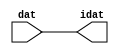

//------> /package/eda/mg/Catapult_10.3d/Mgc_home/pkgs/siflibs/ccs_in_v1.v 
//------------------------------------------------------------------------------
// Catapult Synthesis - Sample I/O Port Library
//
// Copyright (c) 2003-2017 Mentor Graphics Corp.
//       All Rights Reserved
//
// This document may be used and distributed without restriction provided that
// this copyright statement is not removed from the file and that any derivative
// work contains this copyright notice.
//
// The design information contained in this file is intended to be an example
// of the functionality which the end user may study in preparation for creating
// their own custom interfaces. This design does not necessarily present a 
// complete implementation of the named protocol or standard.
//
//------------------------------------------------------------------------------


module ccs_in_v1 (idat, dat);

  parameter integer rscid = 1;
  parameter integer width = 8;

  output [width-1:0] idat;
  input  [width-1:0] dat;

  wire   [width-1:0] idat;

  assign idat = dat;

endmodule


//------> /package/eda/mg/Catapult_10.3d/Mgc_home/pkgs/siflibs/ccs_out_v1.v 
//------------------------------------------------------------------------------
// Catapult Synthesis - Sample I/O Port Library
//
// Copyright (c) 2003-2015 Mentor Graphics Corp.
//       All Rights Reserved
//
// This document may be used and distributed without restriction provided that
// this copyright statement is not removed from the file and that any derivative
// work contains this copyright notice.
//
// The design information contained in this file is intended to be an example
// of the functionality which the end user may study in preparation for creating
// their own custom interfaces. This design does not necessarily present a 
// complete implementation of the named protocol or standard.
//
//------------------------------------------------------------------------------

module ccs_out_v1 (dat, idat);

  parameter integer rscid = 1;
  parameter integer width = 8;

  output   [width-1:0] dat;
  input    [width-1:0] idat;

  wire     [width-1:0] dat;

  assign dat = idat;

endmodule




//------> /package/eda/mg/Catapult_10.3d/Mgc_home/pkgs/siflibs/mgc_io_sync_v2.v 
//------------------------------------------------------------------------------
// Catapult Synthesis - Sample I/O Port Library
//
// Copyright (c) 2003-2017 Mentor Graphics Corp.
//       All Rights Reserved
//
// This document may be used and distributed without restriction provided that
// this copyright statement is not removed from the file and that any derivative
// work contains this copyright notice.
//
// The design information contained in this file is intended to be an example
// of the functionality which the end user may study in preparation for creating
// their own custom interfaces. This design does not necessarily present a 
// complete implementation of the named protocol or standard.
//
//------------------------------------------------------------------------------


module mgc_io_sync_v2 (ld, lz);
    parameter valid = 0;

    input  ld;
    output lz;

    wire   lz;

    assign lz = ld;

endmodule


//------> ./rtl.v 
// ----------------------------------------------------------------------
//  HLS HDL:        Verilog Netlister
//  HLS Version:    10.3d/815731 Production Release
//  HLS Date:       Wed Apr 24 14:54:19 PDT 2019
// 
//  Generated by:   695r48@cparch23.ecn.purdue.edu
//  Generated date: Tue Nov  9 15:14:01 2021
// ----------------------------------------------------------------------

// 
// ------------------------------------------------------------------
//  Design Unit:    fir_Altera_DIST_DIST_1R1W_RBW_rport_1_16_5_32_32_16_gen
// ------------------------------------------------------------------


module fir_Altera_DIST_DIST_1R1W_RBW_rport_1_16_5_32_32_16_gen (
  q, radr, radr_d, q_d, rport_r_ram_ir_internal_RMASK_B_d
);
  input [15:0] q;
  output [4:0] radr;
  input [4:0] radr_d;
  output [15:0] q_d;
  input rport_r_ram_ir_internal_RMASK_B_d;



  // Interconnect Declarations for Component Instantiations 
  assign q_d = q;
  assign radr = (radr_d);
endmodule

// ------------------------------------------------------------------
//  Design Unit:    fir_core_core_fsm
//  FSM Module
// ------------------------------------------------------------------


module fir_core_core_fsm (
  clk, rst, fsm_output, MAC_C_6_tr0
);
  input clk;
  input rst;
  output [12:0] fsm_output;
  reg [12:0] fsm_output;
  input MAC_C_6_tr0;


  // FSM State Type Declaration for fir_core_core_fsm_1
  parameter
    main_C_0 = 4'd0,
    MAC_C_0 = 4'd1,
    MAC_C_1 = 4'd2,
    MAC_C_2 = 4'd3,
    MAC_C_3 = 4'd4,
    MAC_C_4 = 4'd5,
    MAC_C_5 = 4'd6,
    MAC_C_6 = 4'd7,
    MAC_C_7 = 4'd8,
    MAC_C_8 = 4'd9,
    MAC_C_9 = 4'd10,
    MAC_C_10 = 4'd11,
    main_C_1 = 4'd12;

  reg [3:0] state_var;
  reg [3:0] state_var_NS;


  // Interconnect Declarations for Component Instantiations 
  always @(*)
  begin : fir_core_core_fsm_1
    case (state_var)
      MAC_C_0 : begin
        fsm_output = 13'b0000000000010;
        state_var_NS = MAC_C_1;
      end
      MAC_C_1 : begin
        fsm_output = 13'b0000000000100;
        state_var_NS = MAC_C_2;
      end
      MAC_C_2 : begin
        fsm_output = 13'b0000000001000;
        state_var_NS = MAC_C_3;
      end
      MAC_C_3 : begin
        fsm_output = 13'b0000000010000;
        state_var_NS = MAC_C_4;
      end
      MAC_C_4 : begin
        fsm_output = 13'b0000000100000;
        state_var_NS = MAC_C_5;
      end
      MAC_C_5 : begin
        fsm_output = 13'b0000001000000;
        state_var_NS = MAC_C_6;
      end
      MAC_C_6 : begin
        fsm_output = 13'b0000010000000;
        if ( MAC_C_6_tr0 ) begin
          state_var_NS = main_C_1;
        end
        else begin
          state_var_NS = MAC_C_7;
        end
      end
      MAC_C_7 : begin
        fsm_output = 13'b0000100000000;
        state_var_NS = MAC_C_8;
      end
      MAC_C_8 : begin
        fsm_output = 13'b0001000000000;
        state_var_NS = MAC_C_9;
      end
      MAC_C_9 : begin
        fsm_output = 13'b0010000000000;
        state_var_NS = MAC_C_10;
      end
      MAC_C_10 : begin
        fsm_output = 13'b0100000000000;
        state_var_NS = MAC_C_0;
      end
      main_C_1 : begin
        fsm_output = 13'b1000000000000;
        state_var_NS = main_C_0;
      end
      // main_C_0
      default : begin
        fsm_output = 13'b0000000000001;
        state_var_NS = MAC_C_0;
      end
    endcase
  end

  always @(posedge clk) begin
    if ( rst ) begin
      state_var <= main_C_0;
    end
    else begin
      state_var <= state_var_NS;
    end
  end

endmodule

// ------------------------------------------------------------------
//  Design Unit:    fir_core
// ------------------------------------------------------------------


module fir_core (
  clk, rst, coeffs_rsc_triosy_lz, in1_rsc_dat, in1_rsc_triosy_lz, out1_rsc_dat, out1_rsc_triosy_lz,
      coeffs_rsci_radr_d, coeffs_rsci_q_d, coeffs_rsci_rport_r_ram_ir_internal_RMASK_B_d
);
  input clk;
  input rst;
  output coeffs_rsc_triosy_lz;
  input [15:0] in1_rsc_dat;
  output in1_rsc_triosy_lz;
  output [15:0] out1_rsc_dat;
  output out1_rsc_triosy_lz;
  output [4:0] coeffs_rsci_radr_d;
  input [15:0] coeffs_rsci_q_d;
  output coeffs_rsci_rport_r_ram_ir_internal_RMASK_B_d;


  // Interconnect Declarations
  wire [15:0] in1_rsci_idat;
  reg [15:0] out1_rsci_idat;
  wire [12:0] fsm_output;
  wire and_dcpl_13;
  wire and_dcpl_15;
  wire or_dcpl_9;
  wire or_dcpl_10;
  wire or_tmp_110;
  wire or_tmp_169;
  wire or_tmp_171;
  reg [5:0] MAC_i_5_0_6_sva;
  wire [6:0] nl_MAC_i_5_0_6_sva;
  reg reg_out1_rsc_triosy_obj_ld_cse;
  wire MAC_or_cse;
  wire reg_out1_out1_and_cse;
  reg [1:0] MAC_i_4_3_sva;
  reg [4:0] MAC_3_acc_2_psp_sva;
  reg [4:0] MAC_2_acc_2_psp_sva;
  reg [4:0] MAC_4_acc_2_psp_sva;
  reg [4:0] MAC_7_acc_2_psp_sva;
  reg [4:0] MAC_8_acc_2_psp_sva;
  reg [2:0] MAC_acc_psp_sva;
  wire [29:0] z_out;
  wire signed [31:0] nl_z_out;
  wire [29:0] z_out_1;
  wire signed [31:0] nl_z_out_1;
  wire [15:0] z_out_2;
  wire [15:0] z_out_3;
  wire [15:0] z_out_4;
  reg [15:0] regs_15_sva;
  reg [15:0] regs_16_sva;
  reg [15:0] regs_14_sva;
  reg [15:0] regs_17_sva;
  reg [15:0] regs_13_sva;
  reg [15:0] regs_18_sva;
  reg [15:0] regs_12_sva;
  reg [15:0] regs_19_sva;
  reg [15:0] regs_11_sva;
  reg [15:0] regs_20_sva;
  reg [15:0] regs_10_sva;
  reg [15:0] regs_21_sva;
  reg [15:0] regs_9_sva;
  reg [15:0] regs_22_sva;
  reg [15:0] regs_8_sva;
  reg [15:0] regs_23_sva;
  reg [15:0] regs_7_sva;
  reg [15:0] regs_24_sva;
  reg [15:0] regs_6_sva;
  reg [15:0] regs_25_sva;
  reg [15:0] regs_5_sva;
  reg [15:0] regs_26_sva;
  reg [15:0] regs_4_sva;
  reg [15:0] regs_27_sva;
  reg [15:0] regs_3_sva;
  reg [15:0] regs_28_sva;
  reg [15:0] regs_2_sva;
  reg [15:0] regs_29_sva;
  reg [15:0] regs_1_sva;
  reg [15:0] regs_30_sva;
  reg [15:0] regs_0_sva;
  reg [29:0] acc_32_3_1_sva;
  reg [15:0] regs_30_sva_1;
  reg [15:0] regs_29_sva_1;
  reg [15:0] regs_28_sva_1;
  reg [15:0] regs_27_sva_1;
  reg [15:0] regs_26_sva_1;
  reg [15:0] regs_25_sva_1;
  reg [15:0] regs_24_sva_1;
  reg [15:0] regs_23_sva_1;
  reg [15:0] regs_22_sva_1;
  reg [15:0] regs_21_sva_1;
  reg [15:0] regs_20_sva_1;
  reg [15:0] regs_19_sva_1;
  reg [15:0] regs_18_sva_1;
  reg [15:0] regs_17_sva_1;
  reg [15:0] regs_16_sva_1;
  reg [15:0] regs_15_sva_1;
  reg [15:0] regs_14_sva_1;
  reg [15:0] regs_13_sva_1;
  reg [15:0] regs_12_sva_1;
  reg [15:0] regs_11_sva_1;
  reg [15:0] regs_10_sva_1;
  reg [15:0] regs_9_sva_1;
  reg [15:0] regs_8_sva_1;
  reg [15:0] regs_7_sva_1;
  reg [15:0] regs_6_sva_1;
  reg [15:0] regs_5_sva_1;
  reg [15:0] regs_4_sva_1;
  reg [15:0] regs_3_sva_1;
  reg [15:0] regs_2_sva_1;
  reg [15:0] regs_1_sva_1;
  reg [15:0] regs_0_sva_1;
  reg [15:0] MAC_mux_itm;
  reg [29:0] MAC_2_mul_itm;
  reg [15:0] MAC_mux_1_itm;
  reg [15:0] MAC_mux_2_itm;
  reg [15:0] MAC_1_MAC_mux_itm;
  reg [29:0] MAC_1_mul_itm;
  reg [29:0] MAC_acc_6_itm;
  reg [15:0] MAC_mux_3_itm;
  reg [15:0] MAC_9_MAC_mux_itm;
  reg [15:0] MAC_mux_4_itm;
  reg [15:0] MAC_mux_5_itm;
  wire [29:0] acc_32_3_6_sva_1;
  wire [30:0] nl_acc_32_3_6_sva_1;
  wire [4:0] MAC_4_acc_2_psp_sva_mx0w0;
  wire [5:0] nl_MAC_4_acc_2_psp_sva_mx0w0;
  wire [2:0] MAC_acc_psp_sva_mx0w0;
  wire [3:0] nl_MAC_acc_psp_sva_mx0w0;
  wire [4:0] MAC_2_acc_2_psp_sva_mx0w0;
  wire [5:0] nl_MAC_2_acc_2_psp_sva_mx0w0;
  wire [4:0] MAC_3_acc_2_psp_sva_mx0w0;
  wire [5:0] nl_MAC_3_acc_2_psp_sva_mx0w0;
  wire [4:0] MAC_6_acc_2_psp_sva_mx0w1;
  wire [5:0] nl_MAC_6_acc_2_psp_sva_mx0w1;
  wire [4:0] MAC_8_acc_2_psp_sva_1;
  wire [5:0] nl_MAC_8_acc_2_psp_sva_1;
  wire [4:0] MAC_7_acc_2_psp_sva_1;
  wire [5:0] nl_MAC_7_acc_2_psp_sva_1;
  wire [29:0] MAC_acc_5_itm_mx0w1;
  wire [30:0] nl_MAC_acc_5_itm_mx0w1;
  wire MAC_i_or_2_seb;
  wire or_212_ssc;
  reg MAC_acc_3_itm_1;
  reg MAC_acc_3_itm_0;
  wire [4:0] MAC_MAC_mux_1_cse;

  wire[29:0] acc_mux1h_1_nl;
  wire[29:0] MAC_4_mul_nl;
  wire signed [31:0] nl_MAC_4_mul_nl;
  wire[29:0] MAC_9_acc_1_nl;
  wire[30:0] nl_MAC_9_acc_1_nl;
  wire[29:0] MAC_acc_10_nl;
  wire[30:0] nl_MAC_acc_10_nl;
  wire[0:0] acc_not_nl;
  wire[15:0] MAC_5_MAC_mux_nl;
  wire[29:0] MAC_acc_6_nl;
  wire[30:0] nl_MAC_acc_6_nl;
  wire[0:0] MAC_or_8_nl;
  wire[29:0] MAC_acc_7_nl;
  wire[30:0] nl_MAC_acc_7_nl;
  wire[29:0] MAC_acc_4_nl;
  wire[30:0] nl_MAC_acc_4_nl;
  wire[1:0] coeffs_mux1h_1_nl;
  wire[0:0] coeffs_or_nl;
  wire[0:0] coeffs_or_1_nl;
  wire[0:0] coeffs_mux1h_2_nl;
  wire[1:0] coeffs_mux1h_3_nl;
  wire[15:0] MAC_mux1h_38_nl;
  wire[15:0] MAC_mux1h_39_nl;
  wire[4:0] MAC_mux_21_nl;
  wire[1:0] MAC_mux_23_nl;
  wire[1:0] MAC_mux_24_nl;

  // Interconnect Declarations for Component Instantiations 
  wire [0:0] nl_fir_core_core_fsm_inst_MAC_C_6_tr0;
  assign nl_fir_core_core_fsm_inst_MAC_C_6_tr0 = MAC_i_5_0_6_sva[5];
  ccs_in_v1 #(.rscid(32'sd2),
  .width(32'sd16)) in1_rsci (
      .dat(in1_rsc_dat),
      .idat(in1_rsci_idat)
    );
  ccs_out_v1 #(.rscid(32'sd3),
  .width(32'sd16)) out1_rsci (
      .idat(out1_rsci_idat),
      .dat(out1_rsc_dat)
    );
  mgc_io_sync_v2 #(.valid(32'sd0)) coeffs_rsc_triosy_obj (
      .ld(reg_out1_rsc_triosy_obj_ld_cse),
      .lz(coeffs_rsc_triosy_lz)
    );
  mgc_io_sync_v2 #(.valid(32'sd0)) in1_rsc_triosy_obj (
      .ld(reg_out1_rsc_triosy_obj_ld_cse),
      .lz(in1_rsc_triosy_lz)
    );
  mgc_io_sync_v2 #(.valid(32'sd0)) out1_rsc_triosy_obj (
      .ld(reg_out1_rsc_triosy_obj_ld_cse),
      .lz(out1_rsc_triosy_lz)
    );
  fir_core_core_fsm fir_core_core_fsm_inst (
      .clk(clk),
      .rst(rst),
      .fsm_output(fsm_output),
      .MAC_C_6_tr0(nl_fir_core_core_fsm_inst_MAC_C_6_tr0[0:0])
    );
  assign reg_out1_out1_and_cse = (MAC_i_5_0_6_sva[5]) & (fsm_output[7]);
  assign MAC_i_or_2_seb = (fsm_output[12]) | (fsm_output[0]) | (fsm_output[1]);
  assign or_212_ssc = (fsm_output[0]) | (fsm_output[12]) | (fsm_output[2]) | (fsm_output[1]);
  assign MAC_or_cse = (fsm_output[2:1]!=2'b00);
  assign MAC_MAC_mux_1_cse = MUX_v_5_2_2(MAC_3_acc_2_psp_sva_mx0w0, MAC_6_acc_2_psp_sva_mx0w1,
      fsm_output[2]);
  assign nl_MAC_acc_4_nl = acc_32_3_1_sva + MAC_1_mul_itm;
  assign MAC_acc_4_nl = nl_MAC_acc_4_nl[29:0];
  assign nl_MAC_acc_7_nl = MAC_2_mul_itm + (MAC_acc_4_nl);
  assign MAC_acc_7_nl = nl_MAC_acc_7_nl[29:0];
  assign nl_acc_32_3_6_sva_1 = (MAC_acc_7_nl) + MAC_acc_6_itm;
  assign acc_32_3_6_sva_1 = nl_acc_32_3_6_sva_1[29:0];
  assign nl_MAC_4_acc_2_psp_sva_mx0w0 = MAC_3_acc_2_psp_sva_mx0w0 + 5'b00001;
  assign MAC_4_acc_2_psp_sva_mx0w0 = nl_MAC_4_acc_2_psp_sva_mx0w0[4:0];
  assign nl_MAC_acc_psp_sva_mx0w0 = conv_u2u_2_3({MAC_acc_3_itm_1 , MAC_acc_3_itm_0})
      + 3'b001;
  assign MAC_acc_psp_sva_mx0w0 = nl_MAC_acc_psp_sva_mx0w0[2:0];
  assign nl_MAC_2_acc_2_psp_sva_mx0w0 = ({MAC_i_4_3_sva , MAC_acc_psp_sva_mx0w0})
      + 5'b00001;
  assign MAC_2_acc_2_psp_sva_mx0w0 = nl_MAC_2_acc_2_psp_sva_mx0w0[4:0];
  assign nl_MAC_3_acc_2_psp_sva_mx0w0 = MAC_2_acc_2_psp_sva_mx0w0 + 5'b00001;
  assign MAC_3_acc_2_psp_sva_mx0w0 = nl_MAC_3_acc_2_psp_sva_mx0w0[4:0];
  assign nl_MAC_6_acc_2_psp_sva_mx0w1 = (MAC_i_5_0_6_sva[4:0]) + 5'b00001;
  assign MAC_6_acc_2_psp_sva_mx0w1 = nl_MAC_6_acc_2_psp_sva_mx0w1[4:0];
  assign nl_MAC_8_acc_2_psp_sva_1 = MAC_7_acc_2_psp_sva_1 + 5'b00001;
  assign MAC_8_acc_2_psp_sva_1 = nl_MAC_8_acc_2_psp_sva_1[4:0];
  assign nl_MAC_7_acc_2_psp_sva_1 = MAC_6_acc_2_psp_sva_mx0w1 + 5'b00001;
  assign MAC_7_acc_2_psp_sva_1 = nl_MAC_7_acc_2_psp_sva_1[4:0];
  assign nl_MAC_acc_5_itm_mx0w1 = MAC_2_mul_itm + MAC_1_mul_itm;
  assign MAC_acc_5_itm_mx0w1 = nl_MAC_acc_5_itm_mx0w1[29:0];
  assign and_dcpl_13 = ~((fsm_output[12]) | (fsm_output[0]));
  assign and_dcpl_15 = ~((fsm_output[10]) | (fsm_output[12]) | (fsm_output[0]));
  assign or_dcpl_9 = (fsm_output[4]) | (fsm_output[6]);
  assign or_dcpl_10 = or_dcpl_9 | (fsm_output[3]);
  assign or_tmp_110 = (fsm_output[6]) | (fsm_output[2]);
  assign or_tmp_169 = or_dcpl_10 | (fsm_output[5]) | (fsm_output[8]) | (fsm_output[7]);
  assign or_tmp_171 = or_dcpl_10 | (fsm_output[5]) | (fsm_output[7]);
  assign coeffs_or_nl = (fsm_output[1]) | (fsm_output[4]);
  assign coeffs_mux1h_1_nl = MUX1HOT_v_2_7_2(MAC_i_4_3_sva, (MAC_3_acc_2_psp_sva[4:3]),
      (MAC_2_acc_2_psp_sva[4:3]), (MAC_4_acc_2_psp_sva[4:3]), (MAC_i_5_0_6_sva[4:3]),
      (MAC_7_acc_2_psp_sva[4:3]), (MAC_8_acc_2_psp_sva[4:3]), {(coeffs_or_nl) , or_tmp_110
      , (fsm_output[3]) , (fsm_output[5]) , (fsm_output[7]) , (fsm_output[8]) , (fsm_output[9])});
  assign coeffs_mux1h_2_nl = MUX1HOT_s_1_5_2((MAC_3_acc_2_psp_sva[2]), (MAC_2_acc_2_psp_sva[2]),
      (MAC_acc_psp_sva[2]), (MAC_i_5_0_6_sva[2]), (MAC_7_acc_2_psp_sva[2]), {or_tmp_110
      , (fsm_output[3]) , (fsm_output[4]) , (fsm_output[7]) , (fsm_output[8])});
  assign coeffs_or_1_nl = ((coeffs_mux1h_2_nl) & (~((fsm_output[1]) | (fsm_output[9]))))
      | (fsm_output[5]);
  assign coeffs_mux1h_3_nl = MUX1HOT_v_2_8_2(({MAC_acc_3_itm_1 , MAC_acc_3_itm_0}),
      (MAC_3_acc_2_psp_sva[1:0]), (MAC_2_acc_2_psp_sva[1:0]), (MAC_acc_psp_sva[1:0]),
      (MAC_4_acc_2_psp_sva[1:0]), (MAC_i_5_0_6_sva[1:0]), (MAC_7_acc_2_psp_sva[1:0]),
      (MAC_8_acc_2_psp_sva[1:0]), {(fsm_output[1]) , or_tmp_110 , (fsm_output[3])
      , (fsm_output[4]) , (fsm_output[5]) , (fsm_output[7]) , (fsm_output[8]) , (fsm_output[9])});
  assign coeffs_rsci_radr_d = {(coeffs_mux1h_1_nl) , (coeffs_or_1_nl) , (coeffs_mux1h_3_nl)};
  assign coeffs_rsci_rport_r_ram_ir_internal_RMASK_B_d = ((~ (MAC_i_5_0_6_sva[5]))
      & (fsm_output[7])) | (and_dcpl_15 & (~((fsm_output[11]) | (fsm_output[7]))));
  always @(posedge clk) begin
    if ( rst ) begin
      out1_rsci_idat <= 16'b0000000000000000;
      regs_3_sva <= 16'b0000000000000000;
      regs_4_sva <= 16'b0000000000000000;
      regs_5_sva <= 16'b0000000000000000;
      regs_6_sva <= 16'b0000000000000000;
      regs_11_sva <= 16'b0000000000000000;
      regs_12_sva <= 16'b0000000000000000;
      regs_13_sva <= 16'b0000000000000000;
      regs_14_sva <= 16'b0000000000000000;
      regs_19_sva <= 16'b0000000000000000;
      regs_20_sva <= 16'b0000000000000000;
      regs_21_sva <= 16'b0000000000000000;
      regs_22_sva <= 16'b0000000000000000;
      regs_27_sva <= 16'b0000000000000000;
      regs_28_sva <= 16'b0000000000000000;
      regs_29_sva <= 16'b0000000000000000;
      regs_30_sva <= 16'b0000000000000000;
      regs_0_sva <= 16'b0000000000000000;
      regs_1_sva <= 16'b0000000000000000;
      regs_2_sva <= 16'b0000000000000000;
      regs_7_sva <= 16'b0000000000000000;
      regs_8_sva <= 16'b0000000000000000;
      regs_9_sva <= 16'b0000000000000000;
      regs_10_sva <= 16'b0000000000000000;
      regs_15_sva <= 16'b0000000000000000;
      regs_16_sva <= 16'b0000000000000000;
      regs_17_sva <= 16'b0000000000000000;
      regs_18_sva <= 16'b0000000000000000;
      regs_23_sva <= 16'b0000000000000000;
      regs_24_sva <= 16'b0000000000000000;
      regs_25_sva <= 16'b0000000000000000;
      regs_26_sva <= 16'b0000000000000000;
    end
    else if ( reg_out1_out1_and_cse ) begin
      out1_rsci_idat <= acc_32_3_6_sva_1[29:14];
      regs_3_sva <= regs_3_sva_1;
      regs_4_sva <= regs_4_sva_1;
      regs_5_sva <= regs_5_sva_1;
      regs_6_sva <= regs_6_sva_1;
      regs_11_sva <= regs_11_sva_1;
      regs_12_sva <= regs_12_sva_1;
      regs_13_sva <= regs_13_sva_1;
      regs_14_sva <= regs_14_sva_1;
      regs_19_sva <= regs_19_sva_1;
      regs_20_sva <= regs_20_sva_1;
      regs_21_sva <= regs_21_sva_1;
      regs_22_sva <= regs_22_sva_1;
      regs_27_sva <= regs_27_sva_1;
      regs_28_sva <= regs_28_sva_1;
      regs_29_sva <= regs_29_sva_1;
      regs_30_sva <= regs_30_sva_1;
      regs_0_sva <= regs_0_sva_1;
      regs_1_sva <= regs_1_sva_1;
      regs_2_sva <= regs_2_sva_1;
      regs_7_sva <= regs_7_sva_1;
      regs_8_sva <= regs_8_sva_1;
      regs_9_sva <= regs_9_sva_1;
      regs_10_sva <= regs_10_sva_1;
      regs_15_sva <= regs_15_sva_1;
      regs_16_sva <= regs_16_sva_1;
      regs_17_sva <= regs_17_sva_1;
      regs_18_sva <= regs_18_sva_1;
      regs_23_sva <= regs_23_sva_1;
      regs_24_sva <= regs_24_sva_1;
      regs_25_sva <= regs_25_sva_1;
      regs_26_sva <= regs_26_sva_1;
    end
  end
  always @(posedge clk) begin
    if ( rst ) begin
      MAC_i_4_3_sva <= 2'b00;
    end
    else if ( (fsm_output[0]) | (fsm_output[7]) ) begin
      MAC_i_4_3_sva <= MUX_v_2_2_2(2'b00, (MAC_8_acc_2_psp_sva[4:3]), (fsm_output[7]));
    end
  end
  always @(posedge clk) begin
    if ( rst ) begin
      acc_32_3_1_sva <= 30'b000000000000000000000000000000;
    end
    else if ( (fsm_output[0]) | (fsm_output[3]) | (fsm_output[7]) | (fsm_output[11])
        ) begin
      acc_32_3_1_sva <= MUX_v_30_2_2(30'b000000000000000000000000000000, (acc_mux1h_1_nl),
          (acc_not_nl));
    end
  end
  always @(posedge clk) begin
    if ( rst ) begin
      regs_0_sva_1 <= 16'b0000000000000000;
    end
    else if ( ~ and_dcpl_13 ) begin
      regs_0_sva_1 <= in1_rsci_idat;
    end
  end
  always @(posedge clk) begin
    if ( rst ) begin
      reg_out1_rsc_triosy_obj_ld_cse <= 1'b0;
    end
    else begin
      reg_out1_rsc_triosy_obj_ld_cse <= reg_out1_out1_and_cse;
    end
  end
  always @(posedge clk) begin
    if ( rst ) begin
      regs_30_sva_1 <= 16'b0000000000000000;
    end
    else if ( ~ and_dcpl_13 ) begin
      regs_30_sva_1 <= regs_29_sva;
    end
  end
  always @(posedge clk) begin
    if ( rst ) begin
      regs_29_sva_1 <= 16'b0000000000000000;
    end
    else if ( ~ and_dcpl_13 ) begin
      regs_29_sva_1 <= regs_28_sva;
    end
  end
  always @(posedge clk) begin
    if ( rst ) begin
      regs_28_sva_1 <= 16'b0000000000000000;
    end
    else if ( ~ and_dcpl_13 ) begin
      regs_28_sva_1 <= regs_27_sva;
    end
  end
  always @(posedge clk) begin
    if ( rst ) begin
      regs_27_sva_1 <= 16'b0000000000000000;
    end
    else if ( ~ and_dcpl_13 ) begin
      regs_27_sva_1 <= regs_26_sva;
    end
  end
  always @(posedge clk) begin
    if ( rst ) begin
      regs_26_sva_1 <= 16'b0000000000000000;
    end
    else if ( ~ and_dcpl_13 ) begin
      regs_26_sva_1 <= regs_25_sva;
    end
  end
  always @(posedge clk) begin
    if ( rst ) begin
      regs_25_sva_1 <= 16'b0000000000000000;
    end
    else if ( ~ and_dcpl_13 ) begin
      regs_25_sva_1 <= regs_24_sva;
    end
  end
  always @(posedge clk) begin
    if ( rst ) begin
      regs_24_sva_1 <= 16'b0000000000000000;
    end
    else if ( ~ and_dcpl_13 ) begin
      regs_24_sva_1 <= regs_23_sva;
    end
  end
  always @(posedge clk) begin
    if ( rst ) begin
      regs_23_sva_1 <= 16'b0000000000000000;
    end
    else if ( ~ and_dcpl_13 ) begin
      regs_23_sva_1 <= regs_22_sva;
    end
  end
  always @(posedge clk) begin
    if ( rst ) begin
      regs_22_sva_1 <= 16'b0000000000000000;
    end
    else if ( ~ and_dcpl_13 ) begin
      regs_22_sva_1 <= regs_21_sva;
    end
  end
  always @(posedge clk) begin
    if ( rst ) begin
      regs_21_sva_1 <= 16'b0000000000000000;
    end
    else if ( ~ and_dcpl_13 ) begin
      regs_21_sva_1 <= regs_20_sva;
    end
  end
  always @(posedge clk) begin
    if ( rst ) begin
      regs_20_sva_1 <= 16'b0000000000000000;
    end
    else if ( ~ and_dcpl_13 ) begin
      regs_20_sva_1 <= regs_19_sva;
    end
  end
  always @(posedge clk) begin
    if ( rst ) begin
      regs_19_sva_1 <= 16'b0000000000000000;
    end
    else if ( ~ and_dcpl_13 ) begin
      regs_19_sva_1 <= regs_18_sva;
    end
  end
  always @(posedge clk) begin
    if ( rst ) begin
      regs_18_sva_1 <= 16'b0000000000000000;
    end
    else if ( ~ and_dcpl_13 ) begin
      regs_18_sva_1 <= regs_17_sva;
    end
  end
  always @(posedge clk) begin
    if ( rst ) begin
      regs_17_sva_1 <= 16'b0000000000000000;
    end
    else if ( ~ and_dcpl_13 ) begin
      regs_17_sva_1 <= regs_16_sva;
    end
  end
  always @(posedge clk) begin
    if ( rst ) begin
      regs_16_sva_1 <= 16'b0000000000000000;
    end
    else if ( ~ and_dcpl_13 ) begin
      regs_16_sva_1 <= regs_15_sva;
    end
  end
  always @(posedge clk) begin
    if ( rst ) begin
      regs_15_sva_1 <= 16'b0000000000000000;
    end
    else if ( ~ and_dcpl_13 ) begin
      regs_15_sva_1 <= regs_14_sva;
    end
  end
  always @(posedge clk) begin
    if ( rst ) begin
      regs_14_sva_1 <= 16'b0000000000000000;
    end
    else if ( ~ and_dcpl_13 ) begin
      regs_14_sva_1 <= regs_13_sva;
    end
  end
  always @(posedge clk) begin
    if ( rst ) begin
      regs_13_sva_1 <= 16'b0000000000000000;
    end
    else if ( ~ and_dcpl_13 ) begin
      regs_13_sva_1 <= regs_12_sva;
    end
  end
  always @(posedge clk) begin
    if ( rst ) begin
      regs_12_sva_1 <= 16'b0000000000000000;
    end
    else if ( ~ and_dcpl_13 ) begin
      regs_12_sva_1 <= regs_11_sva;
    end
  end
  always @(posedge clk) begin
    if ( rst ) begin
      regs_11_sva_1 <= 16'b0000000000000000;
    end
    else if ( ~ and_dcpl_13 ) begin
      regs_11_sva_1 <= regs_10_sva;
    end
  end
  always @(posedge clk) begin
    if ( rst ) begin
      regs_10_sva_1 <= 16'b0000000000000000;
    end
    else if ( ~ and_dcpl_13 ) begin
      regs_10_sva_1 <= regs_9_sva;
    end
  end
  always @(posedge clk) begin
    if ( rst ) begin
      regs_9_sva_1 <= 16'b0000000000000000;
    end
    else if ( ~ and_dcpl_13 ) begin
      regs_9_sva_1 <= regs_8_sva;
    end
  end
  always @(posedge clk) begin
    if ( rst ) begin
      regs_8_sva_1 <= 16'b0000000000000000;
    end
    else if ( ~ and_dcpl_13 ) begin
      regs_8_sva_1 <= regs_7_sva;
    end
  end
  always @(posedge clk) begin
    if ( rst ) begin
      regs_7_sva_1 <= 16'b0000000000000000;
    end
    else if ( ~ and_dcpl_13 ) begin
      regs_7_sva_1 <= regs_6_sva;
    end
  end
  always @(posedge clk) begin
    if ( rst ) begin
      regs_6_sva_1 <= 16'b0000000000000000;
    end
    else if ( ~ and_dcpl_13 ) begin
      regs_6_sva_1 <= regs_5_sva;
    end
  end
  always @(posedge clk) begin
    if ( rst ) begin
      regs_5_sva_1 <= 16'b0000000000000000;
    end
    else if ( ~ and_dcpl_13 ) begin
      regs_5_sva_1 <= regs_4_sva;
    end
  end
  always @(posedge clk) begin
    if ( rst ) begin
      regs_4_sva_1 <= 16'b0000000000000000;
    end
    else if ( ~ and_dcpl_13 ) begin
      regs_4_sva_1 <= regs_3_sva;
    end
  end
  always @(posedge clk) begin
    if ( rst ) begin
      regs_3_sva_1 <= 16'b0000000000000000;
    end
    else if ( ~ and_dcpl_13 ) begin
      regs_3_sva_1 <= regs_2_sva;
    end
  end
  always @(posedge clk) begin
    if ( rst ) begin
      regs_2_sva_1 <= 16'b0000000000000000;
    end
    else if ( ~ and_dcpl_13 ) begin
      regs_2_sva_1 <= regs_1_sva;
    end
  end
  always @(posedge clk) begin
    if ( rst ) begin
      regs_1_sva_1 <= 16'b0000000000000000;
    end
    else if ( ~ and_dcpl_13 ) begin
      regs_1_sva_1 <= regs_0_sva;
    end
  end
  always @(posedge clk) begin
    if ( rst ) begin
      MAC_acc_3_itm_1 <= 1'b0;
      MAC_acc_3_itm_0 <= 1'b0;
    end
    else if ( or_212_ssc ) begin
      MAC_acc_3_itm_1 <= ~((~((MAC_8_acc_2_psp_sva_1[0]) ^ (MAC_8_acc_2_psp_sva_1[1])))
          | MAC_i_or_2_seb);
      MAC_acc_3_itm_0 <= ~((MAC_8_acc_2_psp_sva_1[0]) | MAC_i_or_2_seb);
    end
  end
  always @(posedge clk) begin
    if ( rst ) begin
      MAC_i_5_0_6_sva <= 6'b000000;
    end
    else if ( fsm_output[1] ) begin
      MAC_i_5_0_6_sva <= nl_MAC_i_5_0_6_sva[5:0];
    end
  end
  always @(posedge clk) begin
    if ( rst ) begin
      MAC_4_acc_2_psp_sva <= 5'b00000;
    end
    else if ( fsm_output[1] ) begin
      MAC_4_acc_2_psp_sva <= MAC_4_acc_2_psp_sva_mx0w0;
    end
  end
  always @(posedge clk) begin
    if ( rst ) begin
      MAC_mux_itm <= 16'b0000000000000000;
    end
    else if ( fsm_output[1] ) begin
      MAC_mux_itm <= MUX_v_16_29_2x0x5x6x7x8x13x14x15x16x21x22x23x24(regs_0_sva,
          regs_1_sva, regs_2_sva, regs_3_sva, regs_8_sva, regs_9_sva, regs_10_sva,
          regs_11_sva, regs_16_sva, regs_17_sva, regs_18_sva, regs_19_sva, regs_24_sva,
          regs_25_sva, regs_26_sva, regs_27_sva, {MAC_i_4_3_sva , MAC_acc_psp_sva_mx0w0});
    end
  end
  always @(posedge clk) begin
    if ( rst ) begin
      MAC_mux_1_itm <= 16'b0000000000000000;
    end
    else if ( fsm_output[1] ) begin
      MAC_mux_1_itm <= z_out_2;
    end
  end
  always @(posedge clk) begin
    if ( rst ) begin
      MAC_acc_psp_sva <= 3'b000;
    end
    else if ( fsm_output[1] ) begin
      MAC_acc_psp_sva <= MAC_acc_psp_sva_mx0w0;
    end
  end
  always @(posedge clk) begin
    if ( rst ) begin
      MAC_mux_2_itm <= 16'b0000000000000000;
    end
    else if ( fsm_output[1] ) begin
      MAC_mux_2_itm <= z_out_3;
    end
  end
  always @(posedge clk) begin
    if ( rst ) begin
      MAC_2_acc_2_psp_sva <= 5'b00000;
    end
    else if ( fsm_output[1] ) begin
      MAC_2_acc_2_psp_sva <= MAC_2_acc_2_psp_sva_mx0w0;
    end
  end
  always @(posedge clk) begin
    if ( rst ) begin
      MAC_1_MAC_mux_itm <= 16'b0000000000000000;
      MAC_3_acc_2_psp_sva <= 5'b00000;
    end
    else if ( MAC_or_cse ) begin
      MAC_1_MAC_mux_itm <= MUX_v_16_2_2(z_out_4, (MAC_5_MAC_mux_nl), fsm_output[2]);
      MAC_3_acc_2_psp_sva <= MAC_MAC_mux_1_cse;
    end
  end
  always @(posedge clk) begin
    if ( rst ) begin
      MAC_1_mul_itm <= 30'b000000000000000000000000000000;
    end
    else if ( (fsm_output[10]) | (fsm_output[4]) | (fsm_output[7]) | or_tmp_110 )
        begin
      MAC_1_mul_itm <= MUX_v_30_2_2(z_out, z_out_1, fsm_output[10]);
    end
  end
  always @(posedge clk) begin
    if ( rst ) begin
      MAC_9_MAC_mux_itm <= 16'b0000000000000000;
    end
    else if ( (~ and_dcpl_15) | (fsm_output[11]) | (fsm_output[1]) | (fsm_output[2])
        ) begin
      MAC_9_MAC_mux_itm <= z_out_4;
    end
  end
  always @(posedge clk) begin
    if ( rst ) begin
      MAC_8_acc_2_psp_sva <= 5'b00000;
    end
    else if ( ~ or_tmp_169 ) begin
      MAC_8_acc_2_psp_sva <= MAC_8_acc_2_psp_sva_1;
    end
  end
  always @(posedge clk) begin
    if ( rst ) begin
      MAC_mux_3_itm <= 16'b0000000000000000;
    end
    else if ( ~ or_tmp_169 ) begin
      MAC_mux_3_itm <= z_out_2;
    end
  end
  always @(posedge clk) begin
    if ( rst ) begin
      MAC_mux_4_itm <= 16'b0000000000000000;
    end
    else if ( ~ or_tmp_171 ) begin
      MAC_mux_4_itm <= MUX1HOT_v_16_3_2(regs_4_sva, regs_13_sva, regs_22_sva, {(~
          (MAC_i_5_0_6_sva[1])) , (MAC_i_5_0_6_sva[3]) , (MAC_i_5_0_6_sva[4])});
    end
  end
  always @(posedge clk) begin
    if ( rst ) begin
      MAC_7_acc_2_psp_sva <= 5'b00000;
    end
    else if ( ~ or_tmp_171 ) begin
      MAC_7_acc_2_psp_sva <= MAC_7_acc_2_psp_sva_1;
    end
  end
  always @(posedge clk) begin
    if ( rst ) begin
      MAC_mux_5_itm <= 16'b0000000000000000;
    end
    else if ( ~(or_dcpl_9 | (fsm_output[3]) | (fsm_output[5])) ) begin
      MAC_mux_5_itm <= z_out_3;
    end
  end
  always @(posedge clk) begin
    if ( rst ) begin
      MAC_acc_6_itm <= 30'b000000000000000000000000000000;
    end
    else if ( (fsm_output[3]) | (fsm_output[9]) ) begin
      MAC_acc_6_itm <= MUX_v_30_2_2((MAC_acc_6_nl), MAC_acc_5_itm_mx0w1, fsm_output[9]);
    end
  end
  always @(posedge clk) begin
    if ( rst ) begin
      MAC_2_mul_itm <= 30'b000000000000000000000000000000;
    end
    else if ( (fsm_output[6]) | (fsm_output[5]) | (fsm_output[8]) | (fsm_output[9])
        ) begin
      MAC_2_mul_itm <= MUX1HOT_v_30_3_2(z_out_1, MAC_acc_5_itm_mx0w1, z_out, {(MAC_or_8_nl)
          , (fsm_output[6]) , (fsm_output[9])});
    end
  end
  assign nl_MAC_4_mul_nl = $signed(MAC_mux_2_itm) * $signed((coeffs_rsci_q_d));
  assign MAC_4_mul_nl = nl_MAC_4_mul_nl[29:0];
  assign nl_MAC_acc_10_nl = MAC_acc_5_itm_mx0w1 + acc_32_3_1_sva;
  assign MAC_acc_10_nl = nl_MAC_acc_10_nl[29:0];
  assign nl_MAC_9_acc_1_nl = (MAC_acc_10_nl) + MAC_acc_6_itm;
  assign MAC_9_acc_1_nl = nl_MAC_9_acc_1_nl[29:0];
  assign acc_mux1h_1_nl = MUX1HOT_v_30_3_2((MAC_4_mul_nl), acc_32_3_6_sva_1, (MAC_9_acc_1_nl),
      {(fsm_output[3]) , (fsm_output[7]) , (fsm_output[11])});
  assign acc_not_nl = ~ (fsm_output[0]);
  assign nl_MAC_i_5_0_6_sva  = conv_u2s_5_6({(MAC_4_acc_2_psp_sva_mx0w0[4:3]) , 1'b1
      , (MAC_4_acc_2_psp_sva_mx0w0[1:0])}) + 6'b000001;
  assign MAC_5_MAC_mux_nl = MUX_v_16_16_2(regs_3_sva, regs_4_sva, regs_5_sva, regs_6_sva,
      regs_11_sva, regs_12_sva, regs_13_sva, regs_14_sva, regs_19_sva, regs_20_sva,
      regs_21_sva, regs_22_sva, regs_27_sva, regs_28_sva, regs_29_sva, regs_30_sva,
      {(MAC_4_acc_2_psp_sva[4:3]) , (MAC_4_acc_2_psp_sva[1:0])});
  assign nl_MAC_acc_6_nl = acc_32_3_1_sva + MAC_1_mul_itm;
  assign MAC_acc_6_nl = nl_MAC_acc_6_nl[29:0];
  assign MAC_or_8_nl = (fsm_output[5]) | (fsm_output[8]);
  assign MAC_mux1h_38_nl = MUX1HOT_v_16_4_2(MAC_1_MAC_mux_itm, MAC_mux_1_itm, MAC_mux_5_itm,
      MAC_mux_3_itm, {or_tmp_110 , (fsm_output[4]) , (fsm_output[7]) , (fsm_output[9])});
  assign nl_z_out = $signed((MAC_mux1h_38_nl)) * $signed((coeffs_rsci_q_d));
  assign z_out = nl_z_out[29:0];
  assign MAC_mux1h_39_nl = MUX1HOT_v_16_3_2(MAC_9_MAC_mux_itm, MAC_mux_itm, MAC_mux_4_itm,
      {(fsm_output[10]) , (fsm_output[5]) , (fsm_output[8])});
  assign nl_z_out_1 = $signed((MAC_mux1h_39_nl)) * $signed((coeffs_rsci_q_d));
  assign z_out_1 = nl_z_out_1[29:0];
  assign MAC_mux_21_nl = MUX_v_5_2_2(MAC_2_acc_2_psp_sva_mx0w0, MAC_7_acc_2_psp_sva_1,
      fsm_output[2]);
  assign z_out_2 = MUX_v_16_30_2x0x1x3x4x5x6x8x9x10x12x13x14x15x17x18x19x21x22x23x24x26x27x28(regs_1_sva,
      regs_6_sva, regs_10_sva, regs_15_sva, regs_19_sva, regs_24_sva, regs_28_sva,
      MAC_mux_21_nl);
  assign z_out_3 = MUX_v_16_31_2x0x1x2x4x5x7x8x9x10x11x13x14x16x17x18x19x20x22x23x25x26x27x28x29(regs_2_sva,
      regs_5_sva, regs_11_sva, regs_14_sva, regs_20_sva, regs_23_sva, regs_29_sva,
      MAC_MAC_mux_1_cse);
  assign MAC_mux_23_nl = MUX_v_2_2_2(MAC_i_4_3_sva, (MAC_8_acc_2_psp_sva_1[4:3]),
      fsm_output[2]);
  assign MAC_mux_24_nl = MUX_v_2_2_2(({MAC_acc_3_itm_1 , MAC_acc_3_itm_0}), (MAC_8_acc_2_psp_sva_1[1:0]),
      fsm_output[2]);
  assign z_out_4 = MUX_v_16_16_2(regs_0_sva_1, regs_0_sva, regs_1_sva, regs_2_sva,
      regs_7_sva, regs_8_sva, regs_9_sva, regs_10_sva, regs_15_sva, regs_16_sva,
      regs_17_sva, regs_18_sva, regs_23_sva, regs_24_sva, regs_25_sva, regs_26_sva,
      {(MAC_mux_23_nl) , (MAC_mux_24_nl)});

  function automatic [0:0] MUX1HOT_s_1_5_2;
    input [0:0] input_4;
    input [0:0] input_3;
    input [0:0] input_2;
    input [0:0] input_1;
    input [0:0] input_0;
    input [4:0] sel;
    reg [0:0] result;
  begin
    result = input_0 & {1{sel[0]}};
    result = result | ( input_1 & {1{sel[1]}});
    result = result | ( input_2 & {1{sel[2]}});
    result = result | ( input_3 & {1{sel[3]}});
    result = result | ( input_4 & {1{sel[4]}});
    MUX1HOT_s_1_5_2 = result;
  end
  endfunction


  function automatic [15:0] MUX1HOT_v_16_3_2;
    input [15:0] input_2;
    input [15:0] input_1;
    input [15:0] input_0;
    input [2:0] sel;
    reg [15:0] result;
  begin
    result = input_0 & {16{sel[0]}};
    result = result | ( input_1 & {16{sel[1]}});
    result = result | ( input_2 & {16{sel[2]}});
    MUX1HOT_v_16_3_2 = result;
  end
  endfunction


  function automatic [15:0] MUX1HOT_v_16_4_2;
    input [15:0] input_3;
    input [15:0] input_2;
    input [15:0] input_1;
    input [15:0] input_0;
    input [3:0] sel;
    reg [15:0] result;
  begin
    result = input_0 & {16{sel[0]}};
    result = result | ( input_1 & {16{sel[1]}});
    result = result | ( input_2 & {16{sel[2]}});
    result = result | ( input_3 & {16{sel[3]}});
    MUX1HOT_v_16_4_2 = result;
  end
  endfunction


  function automatic [1:0] MUX1HOT_v_2_7_2;
    input [1:0] input_6;
    input [1:0] input_5;
    input [1:0] input_4;
    input [1:0] input_3;
    input [1:0] input_2;
    input [1:0] input_1;
    input [1:0] input_0;
    input [6:0] sel;
    reg [1:0] result;
  begin
    result = input_0 & {2{sel[0]}};
    result = result | ( input_1 & {2{sel[1]}});
    result = result | ( input_2 & {2{sel[2]}});
    result = result | ( input_3 & {2{sel[3]}});
    result = result | ( input_4 & {2{sel[4]}});
    result = result | ( input_5 & {2{sel[5]}});
    result = result | ( input_6 & {2{sel[6]}});
    MUX1HOT_v_2_7_2 = result;
  end
  endfunction


  function automatic [1:0] MUX1HOT_v_2_8_2;
    input [1:0] input_7;
    input [1:0] input_6;
    input [1:0] input_5;
    input [1:0] input_4;
    input [1:0] input_3;
    input [1:0] input_2;
    input [1:0] input_1;
    input [1:0] input_0;
    input [7:0] sel;
    reg [1:0] result;
  begin
    result = input_0 & {2{sel[0]}};
    result = result | ( input_1 & {2{sel[1]}});
    result = result | ( input_2 & {2{sel[2]}});
    result = result | ( input_3 & {2{sel[3]}});
    result = result | ( input_4 & {2{sel[4]}});
    result = result | ( input_5 & {2{sel[5]}});
    result = result | ( input_6 & {2{sel[6]}});
    result = result | ( input_7 & {2{sel[7]}});
    MUX1HOT_v_2_8_2 = result;
  end
  endfunction


  function automatic [29:0] MUX1HOT_v_30_3_2;
    input [29:0] input_2;
    input [29:0] input_1;
    input [29:0] input_0;
    input [2:0] sel;
    reg [29:0] result;
  begin
    result = input_0 & {30{sel[0]}};
    result = result | ( input_1 & {30{sel[1]}});
    result = result | ( input_2 & {30{sel[2]}});
    MUX1HOT_v_30_3_2 = result;
  end
  endfunction


  function automatic [15:0] MUX_v_16_16_2;
    input [15:0] input_0;
    input [15:0] input_1;
    input [15:0] input_2;
    input [15:0] input_3;
    input [15:0] input_4;
    input [15:0] input_5;
    input [15:0] input_6;
    input [15:0] input_7;
    input [15:0] input_8;
    input [15:0] input_9;
    input [15:0] input_10;
    input [15:0] input_11;
    input [15:0] input_12;
    input [15:0] input_13;
    input [15:0] input_14;
    input [15:0] input_15;
    input [3:0] sel;
    reg [15:0] result;
  begin
    case (sel)
      4'b0000 : begin
        result = input_0;
      end
      4'b0001 : begin
        result = input_1;
      end
      4'b0010 : begin
        result = input_2;
      end
      4'b0011 : begin
        result = input_3;
      end
      4'b0100 : begin
        result = input_4;
      end
      4'b0101 : begin
        result = input_5;
      end
      4'b0110 : begin
        result = input_6;
      end
      4'b0111 : begin
        result = input_7;
      end
      4'b1000 : begin
        result = input_8;
      end
      4'b1001 : begin
        result = input_9;
      end
      4'b1010 : begin
        result = input_10;
      end
      4'b1011 : begin
        result = input_11;
      end
      4'b1100 : begin
        result = input_12;
      end
      4'b1101 : begin
        result = input_13;
      end
      4'b1110 : begin
        result = input_14;
      end
      default : begin
        result = input_15;
      end
    endcase
    MUX_v_16_16_2 = result;
  end
  endfunction


  function automatic [15:0] MUX_v_16_29_2x0x5x6x7x8x13x14x15x16x21x22x23x24;
    input [15:0] input_1;
    input [15:0] input_2;
    input [15:0] input_3;
    input [15:0] input_4;
    input [15:0] input_9;
    input [15:0] input_10;
    input [15:0] input_11;
    input [15:0] input_12;
    input [15:0] input_17;
    input [15:0] input_18;
    input [15:0] input_19;
    input [15:0] input_20;
    input [15:0] input_25;
    input [15:0] input_26;
    input [15:0] input_27;
    input [15:0] input_28;
    input [4:0] sel;
    reg [15:0] result;
  begin
    case (sel)
      5'b00001 : begin
        result = input_1;
      end
      5'b00010 : begin
        result = input_2;
      end
      5'b00011 : begin
        result = input_3;
      end
      5'b00100 : begin
        result = input_4;
      end
      5'b01001 : begin
        result = input_9;
      end
      5'b01010 : begin
        result = input_10;
      end
      5'b01011 : begin
        result = input_11;
      end
      5'b01100 : begin
        result = input_12;
      end
      5'b10001 : begin
        result = input_17;
      end
      5'b10010 : begin
        result = input_18;
      end
      5'b10011 : begin
        result = input_19;
      end
      5'b10100 : begin
        result = input_20;
      end
      5'b11001 : begin
        result = input_25;
      end
      5'b11010 : begin
        result = input_26;
      end
      5'b11011 : begin
        result = input_27;
      end
      default : begin
        result = input_28;
      end
    endcase
    MUX_v_16_29_2x0x5x6x7x8x13x14x15x16x21x22x23x24 = result;
  end
  endfunction


  function automatic [15:0] MUX_v_16_2_2;
    input [15:0] input_0;
    input [15:0] input_1;
    input [0:0] sel;
    reg [15:0] result;
  begin
    case (sel)
      1'b0 : begin
        result = input_0;
      end
      default : begin
        result = input_1;
      end
    endcase
    MUX_v_16_2_2 = result;
  end
  endfunction


  function automatic [15:0] MUX_v_16_30_2x0x1x3x4x5x6x8x9x10x12x13x14x15x17x18x19x21x22x23x24x26x27x28;
    input [15:0] input_2;
    input [15:0] input_7;
    input [15:0] input_11;
    input [15:0] input_16;
    input [15:0] input_20;
    input [15:0] input_25;
    input [15:0] input_29;
    input [4:0] sel;
    reg [15:0] result;
  begin
    case (sel)
      5'b00010 : begin
        result = input_2;
      end
      5'b00111 : begin
        result = input_7;
      end
      5'b01011 : begin
        result = input_11;
      end
      5'b10000 : begin
        result = input_16;
      end
      5'b10100 : begin
        result = input_20;
      end
      5'b11001 : begin
        result = input_25;
      end
      default : begin
        result = input_29;
      end
    endcase
    MUX_v_16_30_2x0x1x3x4x5x6x8x9x10x12x13x14x15x17x18x19x21x22x23x24x26x27x28 =
        result;
  end
  endfunction


  function automatic [15:0] MUX_v_16_31_2x0x1x2x4x5x7x8x9x10x11x13x14x16x17x18x19x20x22x23x25x26x27x28x29;
    input [15:0] input_3;
    input [15:0] input_6;
    input [15:0] input_12;
    input [15:0] input_15;
    input [15:0] input_21;
    input [15:0] input_24;
    input [15:0] input_30;
    input [4:0] sel;
    reg [15:0] result;
  begin
    case (sel)
      5'b00011 : begin
        result = input_3;
      end
      5'b00110 : begin
        result = input_6;
      end
      5'b01100 : begin
        result = input_12;
      end
      5'b01111 : begin
        result = input_15;
      end
      5'b10101 : begin
        result = input_21;
      end
      5'b11000 : begin
        result = input_24;
      end
      default : begin
        result = input_30;
      end
    endcase
    MUX_v_16_31_2x0x1x2x4x5x7x8x9x10x11x13x14x16x17x18x19x20x22x23x25x26x27x28x29
        = result;
  end
  endfunction


  function automatic [1:0] MUX_v_2_2_2;
    input [1:0] input_0;
    input [1:0] input_1;
    input [0:0] sel;
    reg [1:0] result;
  begin
    case (sel)
      1'b0 : begin
        result = input_0;
      end
      default : begin
        result = input_1;
      end
    endcase
    MUX_v_2_2_2 = result;
  end
  endfunction


  function automatic [29:0] MUX_v_30_2_2;
    input [29:0] input_0;
    input [29:0] input_1;
    input [0:0] sel;
    reg [29:0] result;
  begin
    case (sel)
      1'b0 : begin
        result = input_0;
      end
      default : begin
        result = input_1;
      end
    endcase
    MUX_v_30_2_2 = result;
  end
  endfunction


  function automatic [4:0] MUX_v_5_2_2;
    input [4:0] input_0;
    input [4:0] input_1;
    input [0:0] sel;
    reg [4:0] result;
  begin
    case (sel)
      1'b0 : begin
        result = input_0;
      end
      default : begin
        result = input_1;
      end
    endcase
    MUX_v_5_2_2 = result;
  end
  endfunction


  function automatic [5:0] conv_u2s_5_6 ;
    input [4:0]  vector ;
  begin
    conv_u2s_5_6 =  {1'b0, vector};
  end
  endfunction


  function automatic [2:0] conv_u2u_2_3 ;
    input [1:0]  vector ;
  begin
    conv_u2u_2_3 = {1'b0, vector};
  end
  endfunction

endmodule

// ------------------------------------------------------------------
//  Design Unit:    fir
// ------------------------------------------------------------------


module fir (
  clk, rst, coeffs_rsc_radr, coeffs_rsc_q, coeffs_rsc_triosy_lz, in1_rsc_dat, in1_rsc_triosy_lz,
      out1_rsc_dat, out1_rsc_triosy_lz
);
  input clk;
  input rst;
  output [4:0] coeffs_rsc_radr;
  input [15:0] coeffs_rsc_q;
  output coeffs_rsc_triosy_lz;
  input [15:0] in1_rsc_dat;
  output in1_rsc_triosy_lz;
  output [15:0] out1_rsc_dat;
  output out1_rsc_triosy_lz;


  // Interconnect Declarations
  wire [4:0] coeffs_rsci_radr_d;
  wire [15:0] coeffs_rsci_q_d;
  wire coeffs_rsci_rport_r_ram_ir_internal_RMASK_B_d;


  // Interconnect Declarations for Component Instantiations 
  fir_Altera_DIST_DIST_1R1W_RBW_rport_1_16_5_32_32_16_gen coeffs_rsci (
      .q(coeffs_rsc_q),
      .radr(coeffs_rsc_radr),
      .radr_d(coeffs_rsci_radr_d),
      .q_d(coeffs_rsci_q_d),
      .rport_r_ram_ir_internal_RMASK_B_d(coeffs_rsci_rport_r_ram_ir_internal_RMASK_B_d)
    );
  fir_core fir_core_inst (
      .clk(clk),
      .rst(rst),
      .coeffs_rsc_triosy_lz(coeffs_rsc_triosy_lz),
      .in1_rsc_dat(in1_rsc_dat),
      .in1_rsc_triosy_lz(in1_rsc_triosy_lz),
      .out1_rsc_dat(out1_rsc_dat),
      .out1_rsc_triosy_lz(out1_rsc_triosy_lz),
      .coeffs_rsci_radr_d(coeffs_rsci_radr_d),
      .coeffs_rsci_q_d(coeffs_rsci_q_d),
      .coeffs_rsci_rport_r_ram_ir_internal_RMASK_B_d(coeffs_rsci_rport_r_ram_ir_internal_RMASK_B_d)
    );
endmodule